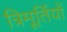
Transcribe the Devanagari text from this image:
त्रिमूर्तियों